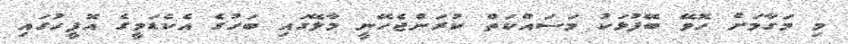
މި މަގާމަށް ހޮވޭ ބޭފުޅަކު މަސައްކަތް ކުރަންޖެހޭނީ މާލޭގައި ބަހުގެ އެކެޑަމީގެ އޮފީހުގައި